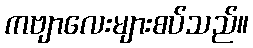
ကဗျာလေးများစပ်သည်။